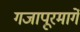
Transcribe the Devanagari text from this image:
गजापूरमार्गे